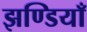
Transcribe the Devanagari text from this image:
झण्डियाँ